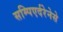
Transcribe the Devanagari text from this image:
सम्पिएर्दरेनेसे